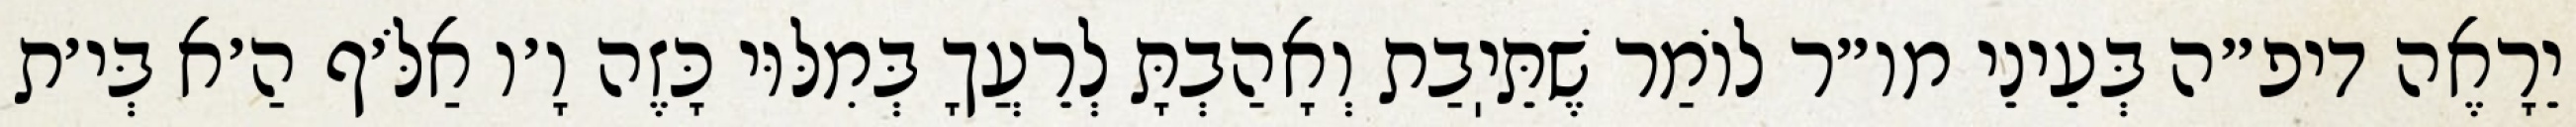
יֵרָאֶה דיפ״ה בְּעֵינֵי מו״ר לוֹמַר שֶׁתֵּיֽבַת וְאָהַבְתָּ לְרֵעֲךָ בְּמִלּוּי כָּזֶה וָ׳ו אַלֹּ׳ף הַ׳א בְּי׳ת